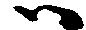
ハ